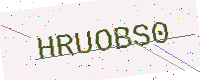
Text: HRUOBS0